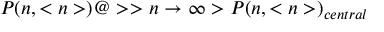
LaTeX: P ( n , < n > ) @ > > { n \to \infty } > P ( n , < n > ) _ { c e n t r a l }